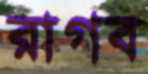
রাগব